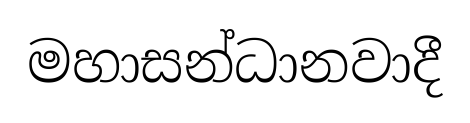
මහාසන්ධානවාදී